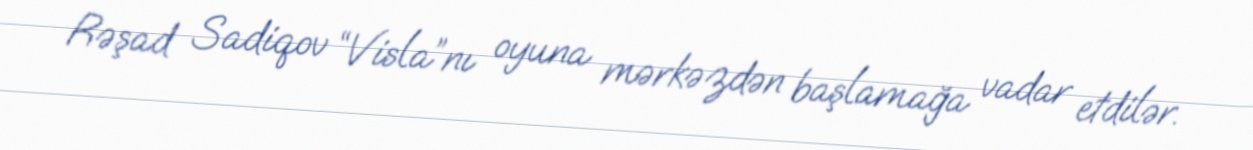
Rəşad Sadiqov “Visla”nı oyuna mərkəzdən başlamağa vadar etdilər.